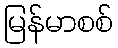
မြန်မာစစ်